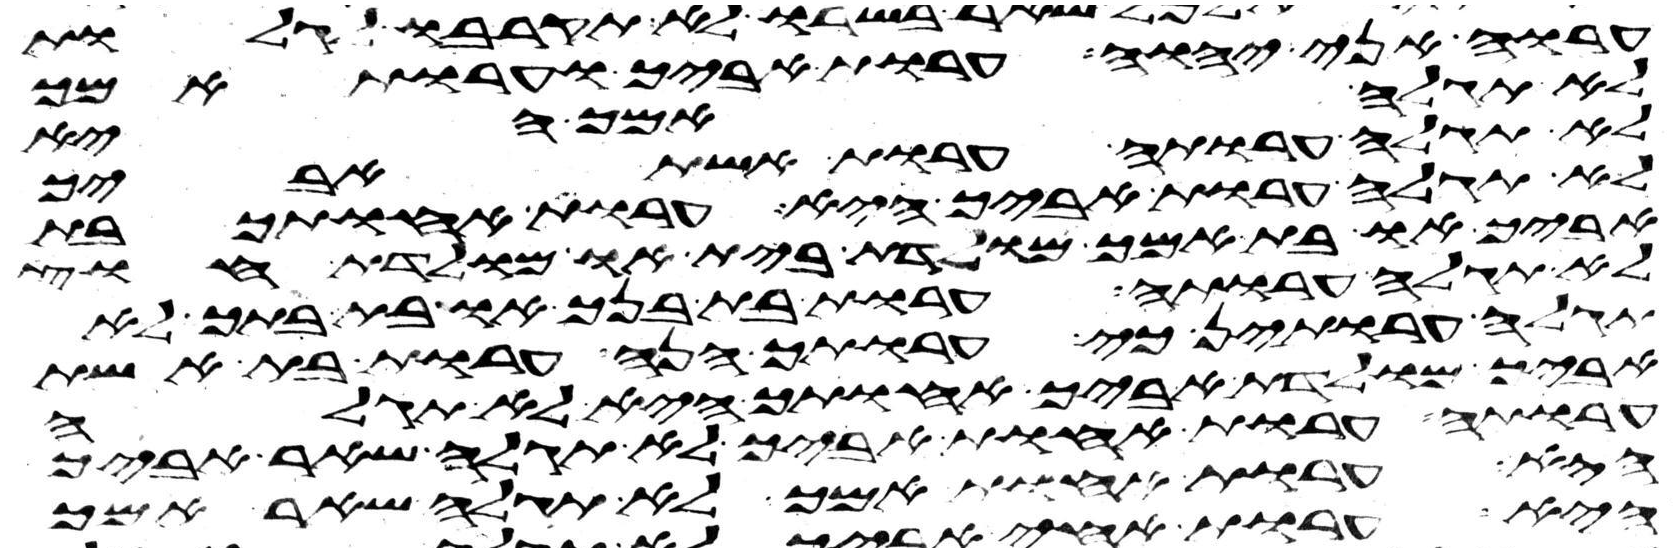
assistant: ערוה אני יהוה ערות אביך וערות אמך
לא תגלה אמך היא
לא תגלה ערותה ערות אשת אביך
לא תגלה ערות אביך היא ערות אחותך בת
אביך או בת אמך מולדת בית או מולדת חוץ
לא תגלה ערותה ערות בת בנך או בת בתך לא
תגלה ערותן כי ערותך הנה ערות בת אשת
אביך מולדת אביך אחותך היא לא תגלה
ערותה ערות אחות אביך לא תגלה שאר אביך
היא ערות אחות אמך לא תגלה שאר אמך